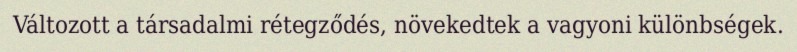
Változott a társadalmi rétegződés, növekedtek a vagyoni különbségek.